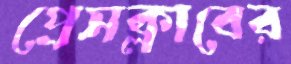
প্রেসক্লাবের